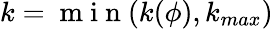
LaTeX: k=\mathrm{~m~i~n~}(k(\phi),k_{max})